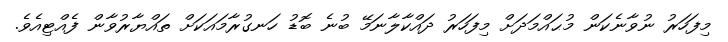
މިފަހަރު ނުވާނެކަން މުޙައްމަދަށް މިފަހަރު ދައްކާލާނަމޭ ބުނެ ބޮޑު ހަނގުރާމައަކަށް ތައްޔާރުވާން ފެއްޓިއެވެ.